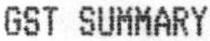
GST SUMMARY